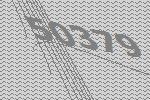
50379